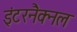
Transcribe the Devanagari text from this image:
इंटरनैक्नल